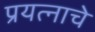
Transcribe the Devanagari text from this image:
प्रयत्नाचे